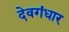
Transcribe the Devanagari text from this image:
देवगंधार